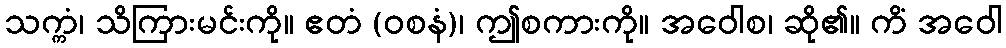
သက္ကံ၊ သိကြားမင်းကို။ ဧတံ (ဝစနံ)၊ ဤစကားကို။ အဝေါစ၊ ဆို၏။ ကိံ အဝေါ